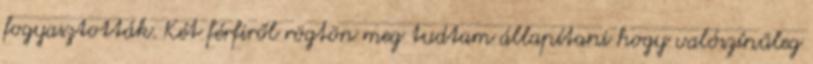
fogyasztották. Két férfiről rögtön meg tudtam állapítani hogy valószínűleg